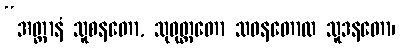
“အတ္ထာနံ သူစနတော, သုဝုတ္တတော သဝနတောထ သူဒနတော၊